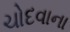
ચોદવાના